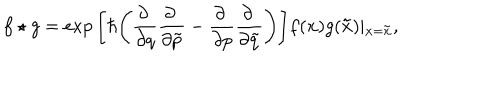
f \star g = \exp \Bigg [ \hbar \Bigg ( \frac { \partial ~ } { \partial q } \frac { \partial ~ } { \partial \tilde { p } } - \frac { \partial ~ } { \partial p } \frac { \partial ~ } { \partial \tilde { q } } \Bigg ) \Bigg ] f ( { \bf x } ) g ( { \bf \tilde { x } } ) \vert _ { { \bf x } = { \bf \tilde { x } } } ,